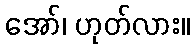
အော်၊ ဟုတ်လား။